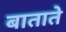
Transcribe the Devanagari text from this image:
बाताते